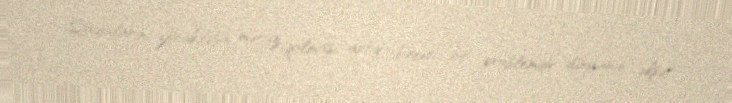
Qadınların zorakılığa məruz qalması artıq bəşəri bir problemdir, dünyanın əksər